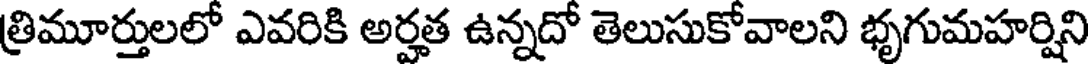
త్రిమూర్తులలో ఎవరికి అర్హత ఉన్నదో తెలుసుకోవాలని భృగుమహర్షిని